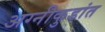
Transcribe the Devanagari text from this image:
अग्नीकुडांत